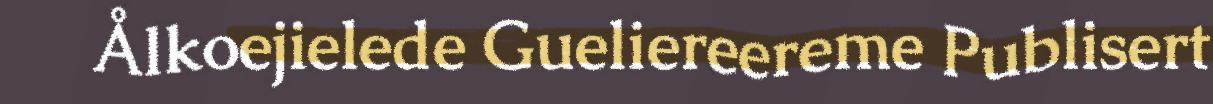
Ålkoejielede Gueliereereme Publisert